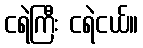
ငရဲကြီး ငရဲငယ်။